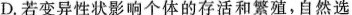
D.若变异性状影响个体的存活和繁殖，自然选